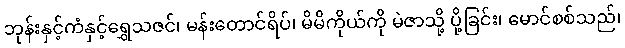
ဘုန်းနှင့်ကံနှင့်ရွှေသဇင်၊ မန်းတောင်ရိပ်၊ မိမိကိုယ်ကို မဲဇာသို့ ပို့ခြင်း၊ မောင်စစ်သည်၊